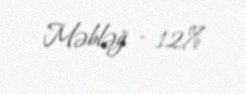
Məbləğ - 12%